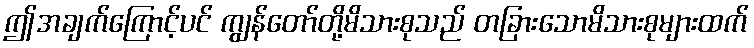
ဤအချက်ကြောင့်ပင် ကျွန်တော်တို့မိသားစုသည် တခြားသောမိသားစုများထက်